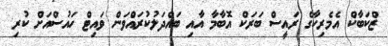
ޒްކަބާކް އެމެރިކާގެ ރައީސް ބަރަކް އޮބާމާ އާއި ބައްދަލުކުރައްވަން ވައިޓް ހައުސްއަށް ކުރި